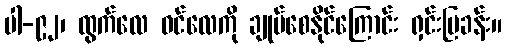
ပါ-၉၂၊ ထွက်လေ ဝင်လေကို ချုပ်စေနိုင်ကြောင်း ရှင်းပြခန်း။